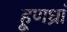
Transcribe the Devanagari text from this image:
हूणध्रां